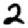
Digit: 2